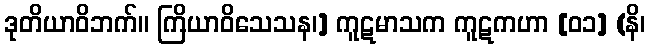
ဒုတိယာဝိဘက်။ ကြိယာဝိသေသန၊] ကူဋမာသက ကူဋကဟာ [၀၁] (နိ၊